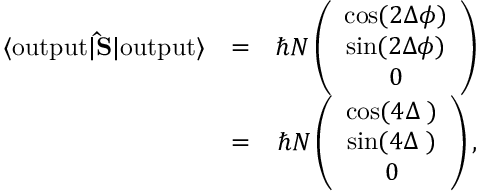
\begin{array} { r l r } { \langle \mathrm { o u t p u t } | { \bf \hat { S } } | \mathrm { o u t p u t } \rangle } & { = } & { \hbar N \left( \begin{array} { c } { \cos ( 2 \Delta \phi ) } \\ { \sin ( 2 \Delta \phi ) } \\ { 0 } \end{array} \right) } \\ & { = } & { \hbar N \left( \begin{array} { c } { \cos ( 4 \Delta { \it \Psi } ) } \\ { \sin ( 4 \Delta { \it \Psi } ) } \\ { 0 } \end{array} \right) , } \end{array}